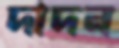
দাদন